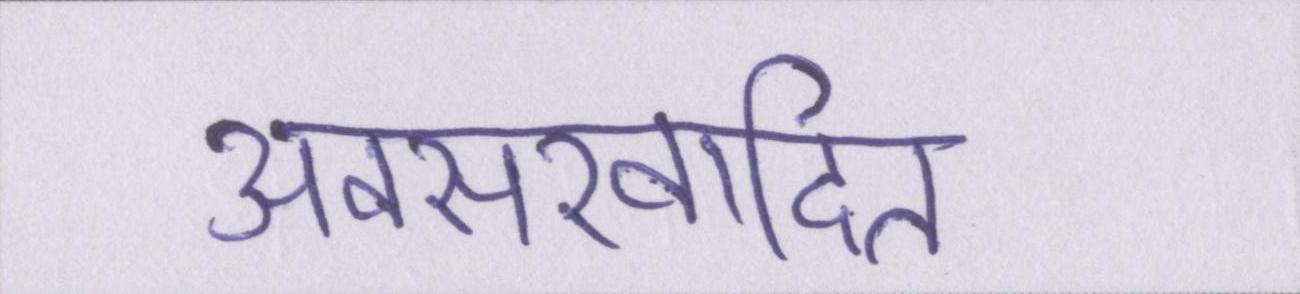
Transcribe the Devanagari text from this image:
अवसरवादित